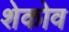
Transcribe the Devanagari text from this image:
शेकोव